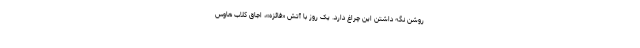
روشن نگه داشتن این چراغ دارد. یک روز با آتش «فائزه»، اجاق کلاب هاوس